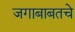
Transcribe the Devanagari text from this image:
जगाबाबतचे